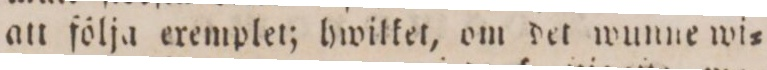
att följa eremplet; hwilket, om det wunne wi=